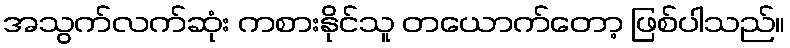
အသွက်လက်ဆုံး ကစားနိုင်သူ တယောက်တော့ ဖြစ်ပါသည်။